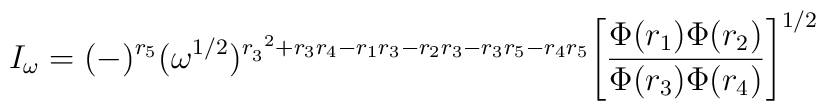
I_{\omega}=(-)^{r_5}(\omega^{1/2})^{r^{~2}_3+r_3r_4-r_1r_3-r_2r_3-r_3r_5-r_4r_5}\Bigg[\frac{\Phi(r_1)\Phi(r_2)}{\Phi(r_3)\Phi(r_4)}\Bigg]^{1/2}